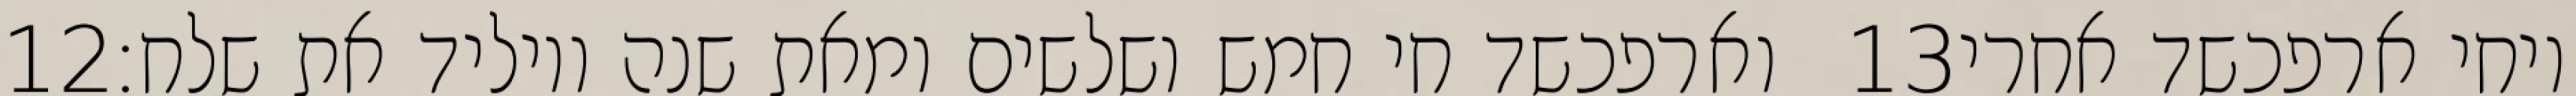
‎12‏ וארפכשד חי חמש ושלשים ומאת שנה ויוליד את שלח׃ ‎13‏ ויחי ארפכשד אחרי